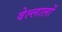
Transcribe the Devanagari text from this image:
वेल्लालों